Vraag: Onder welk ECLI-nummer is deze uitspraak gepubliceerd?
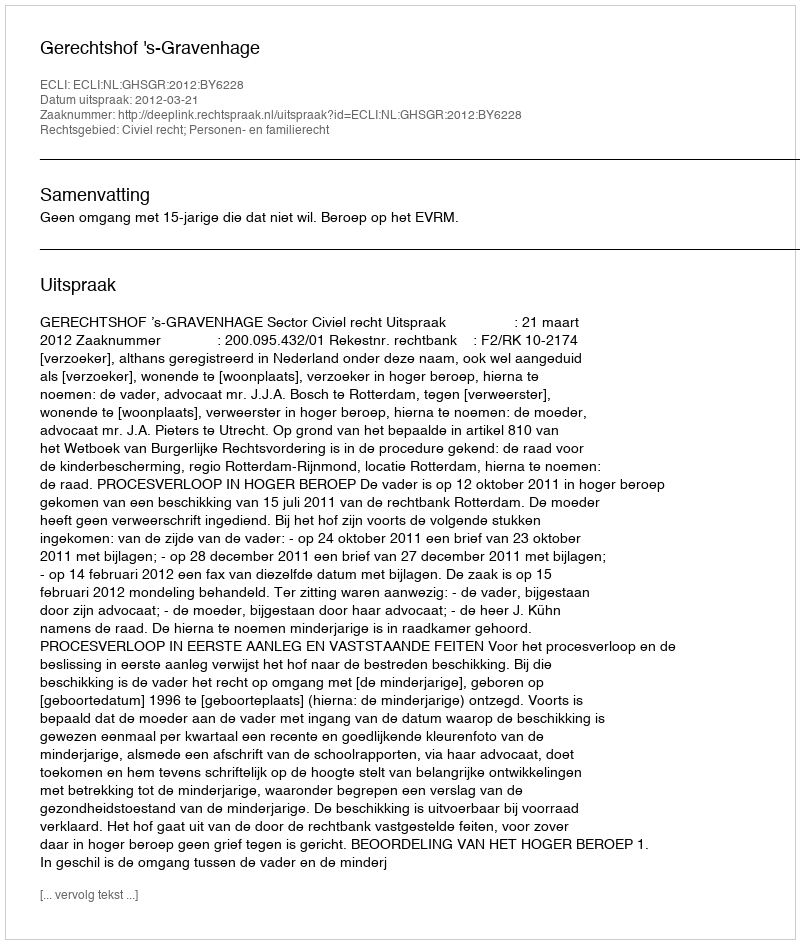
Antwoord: ECLI:NL:GHSGR:2012:BY6228